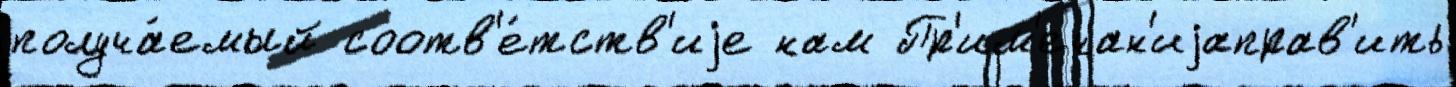
получа́емый соотв'е́тств'иjе нам Пр'им'ечан'иjаправ'ить